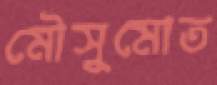
মৌসুমোত